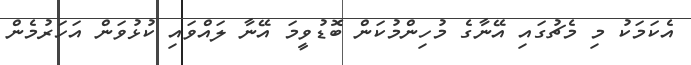
އެކަމަކު މި މެޗުގައި އޭނާގެ މުހިންމުކަން ބޮޑުވީމަ އޭނާ ލައްވައި ކުޅުވަން އަހަރުމެން